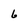
Character: 6